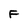
Character: F